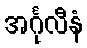
အင်္ဂုလီနံ